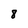
Character: 8